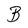
Character: B